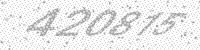
Solution: 420815